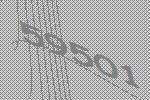
59501